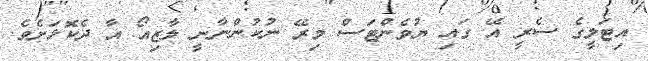
އިޓަލީގެ ސެރީ އޭ ގައި ޔުވެންޓަސް މިރޭ ނުކުންނާނީ ލާޒިއޯ އާ ދެކޮޅަށެވެ.